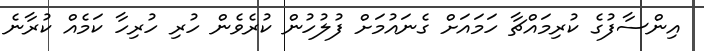
އިންސާފުގެ ކުރިމައްޗާ ހަމައަށް ގެނައުމަށް ފުލުހުން ކުރެވެން ހުރި ހުރިހާ ކަމެއް ކުރާނެ